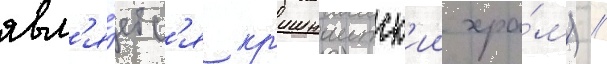
явл'я́етс'я кр'ишнаитск'ии хра́м) //